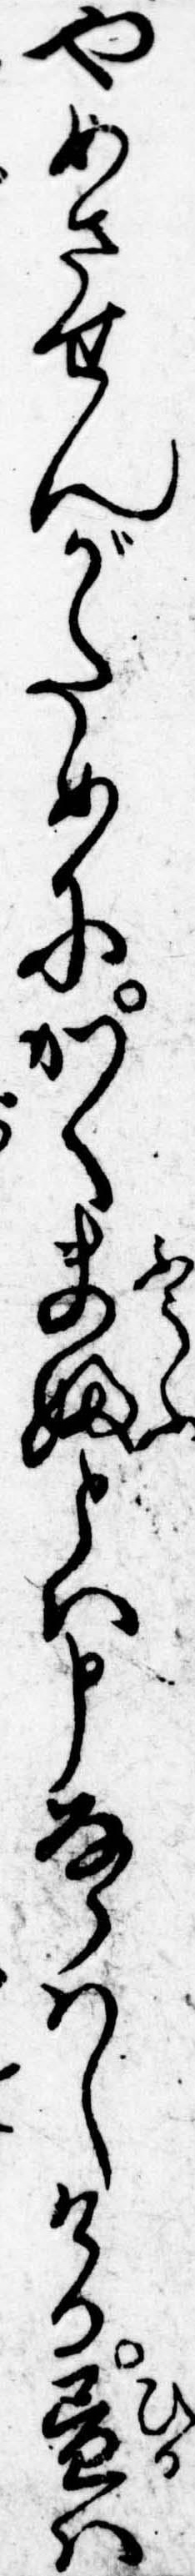
やめさせんがためにかく夫婦とは申ならはしける昼は